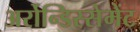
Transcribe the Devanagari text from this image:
अर्रोन्डिस्सेमेंट